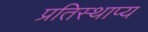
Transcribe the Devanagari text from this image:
प्रतिस्थाप्य